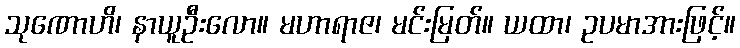
သုဏောဟိ၊ နာယူဦးလော။ မဟာရာဇ၊ မင်းမြတ်။ ယထာ၊ ဥပမာအားဖြင့်။